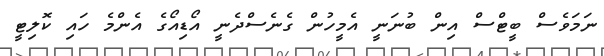
ނަމަވެސް ބީޓްސް އިން ބުނަނީ އެމީހުން ގެނެސްދެނީ އޯޑިއޯގެ އެންމެ ހައި ކޮލިޓީ